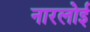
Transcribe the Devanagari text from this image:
नारलोई